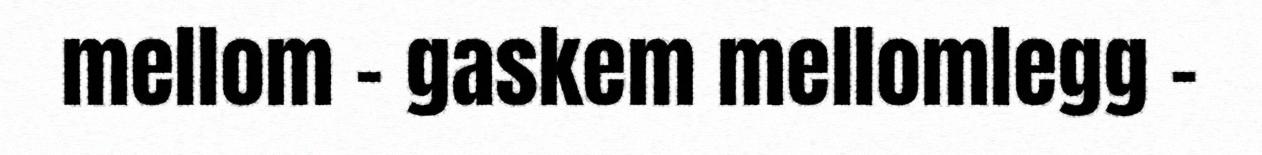
mellom – gaskem mellomlegg –